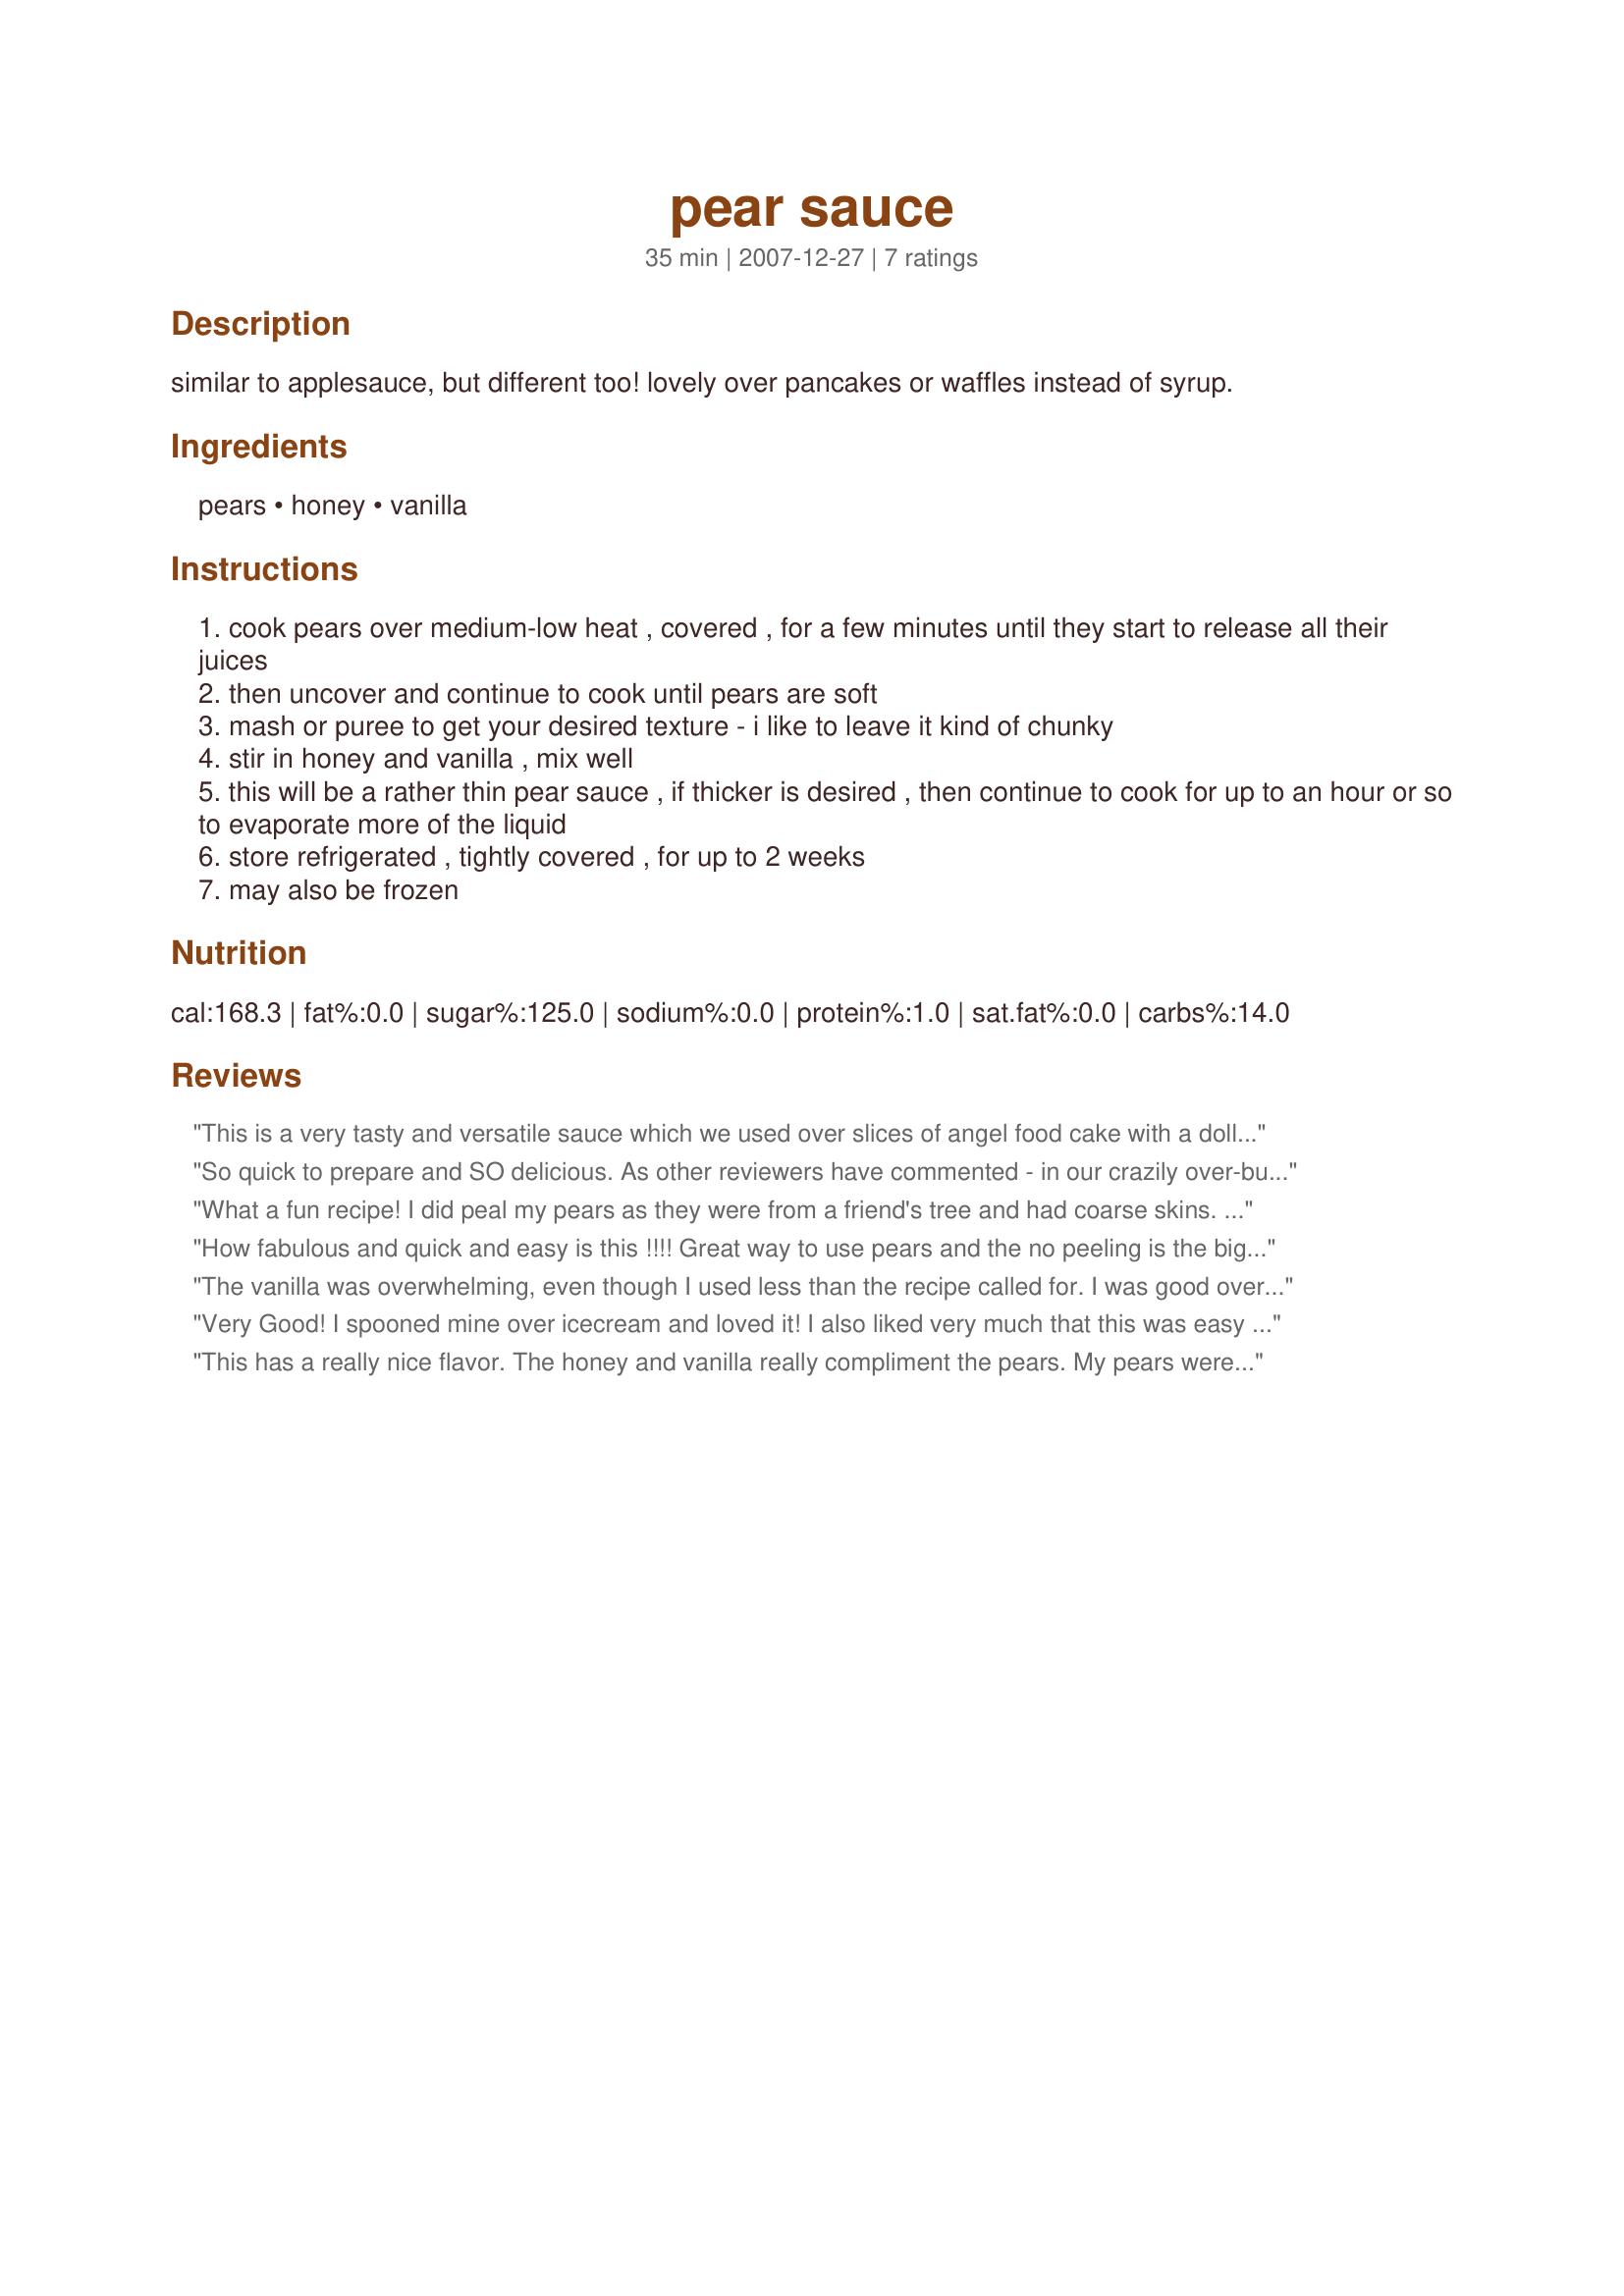
pear sauce
Preparation time: 35 minutes

similar to applesauce, but different too! lovely over pancakes or waffles instead of syrup.

Ingredients:
pears, honey, vanilla

Steps:
cook pears over medium-low heat , covered , for a few minutes until they start to release all their juices
then uncover and continue to cook until pears are soft
mash or puree to get your desired texture - i like to leave it kind of chunky
stir in honey and vanilla , mix well
this will be a rather thin pear sauce , if thicker is desired , then continue to cook for up to an hour or so to evaporate more of the liquid
store refrigerated , tightly covered , for up to 2 weeks
may also be frozen

Reviews:
This is a very tasty and versatile sauce which we used over slices of angel food cake with a dollop of whipped cream and a sliver of candied ginger. Deliciious! Made for ZWT 4.
So quick to prepare and SO delicious. As other reviewers have commented - in our crazily over-busy lives - not having to even peel the pears: how good is that! I also loved the use of honey rather than sugar. I added some cinnamon, and cooked the pears for about an hour so that the sauce had taken on a thicker consistency. At this point, although I had not initially planned to do so, I added about a tablespoon of white wine. A wonderful aroma while the pears were cooking - especially after the wine had been added - and we greatly enjoyed them warm with a topping of Greek yoghurt. I also like katew's idea of using them over cereal for breakfast. So for me this will basically be both a recipe for topping or for having a topping (of yoghurt) added to! Thanks for sharing this fabulously easy and versatile recipe, Susiecat too!
What a fun recipe! I did peal my pears as they were from a friend's tree and had coarse skins. I also added some cinnamon. So easy and so healthy! Thanks for a great recipe I will use from now on when I get bags of fruit that I don't know what to do with :)
How fabulous and quick and easy is this !!!! Great way to use pears and the no peeling is the biggest plus. I have been spooning mine over my muesli and loving it so a big thanks for posting.
The vanilla was overwhelming, even though I used less than the recipe called for. I was good over yogurt and granola.
Very Good! I spooned mine over icecream and loved it! I also liked very much that this was easy to make: the pears didn't require peeling, a wash and out with the core and quick chop and it was in the pan cooking pronto. I used vanilla extract and wonderful! and I liked very very much that there is no processed sugar in this, the honey I was able to cut down to 1 tablespoon too, since I don't like things too sweet and in fact I didn't think that my version was tart at all, it was just right. Please see my Rating System: 4 excellent stars for a quick and easy sauce that tastes great. Thanks!
This has a really nice flavor. The honey and vanilla really compliment the pears. My pears were REALLY juicy, so I cooked them for an hour, but still had a lot of juice. I am going to try this instead of applesauce in some quick bread.
